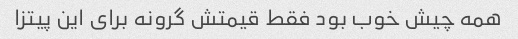
همه چیش خوب بود فقط قیمتش گرونه برای این پیتزا